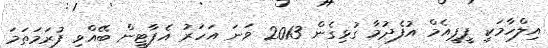
އިލްހާމަކީ ޕީޕީއެމް އުފެދުމާ ގުޅިގެން 2013 ވަނަ އަހަރު އެޕާޓީން ބޭއްވި ފުރަމަތަމަ